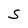
Character: S